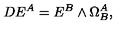
D E ^ { A } = E ^ { B } \wedge \Omega _ { B } ^ { A } ,